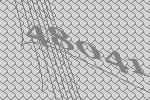
48041